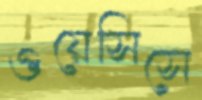
ওয়েসিসে